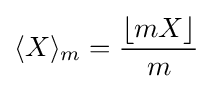
\langle X\rangle _{m}={\frac {\lfloor mX\rfloor }{m}}